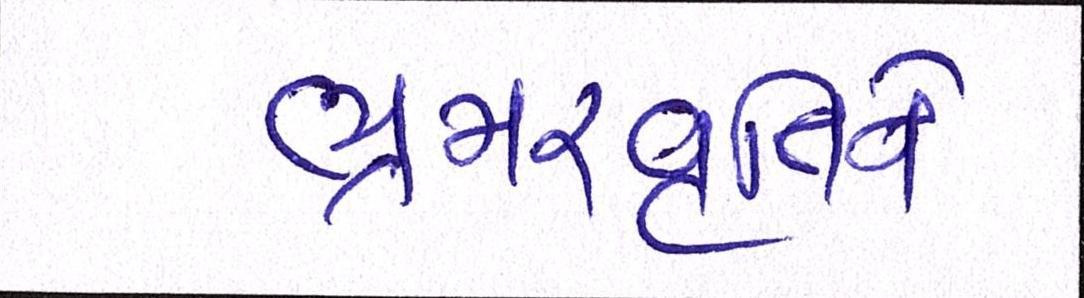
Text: ભ્રમરવૃતિને